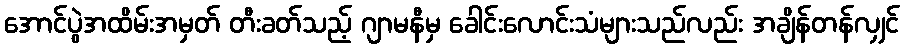
အောင်ပွဲအထိမ်းအမှတ် တီးခတ်သည့် ဂျာမနီမှ ခေါင်းလောင်းသံများသည်လည်း အချိန်တန်လျှင်